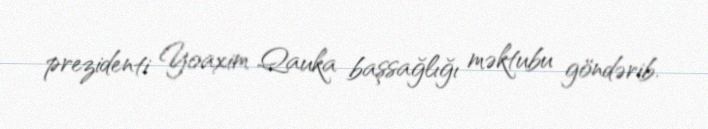
prezidenti Yoaxim Qauka başsağlığı məktubu göndərib.